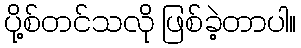
ပို့စ်တင်သလို ဖြစ်ခဲ့တာပါ။